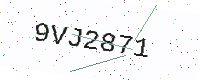
Text: 9VJ2871